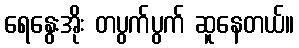
ရေနွေးအိုး တပွက်ပွက် ဆူနေတယ်။